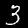
Digit: 3